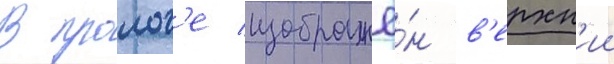
В пролог'е изображё́н в'ерхн'ии